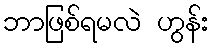
ဘာဖြစ်ရမလဲ ဟွန်း